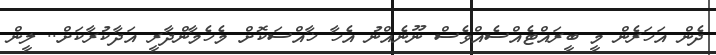
ދެން އަހަރެން މީ ބީރައްޓެއްސެއްވެސް ނޫނެއްނު އެހާ ޚާއްސަކޮށް މެހެމާންދާރީ އަދާކުރާކަށް.. ލީން